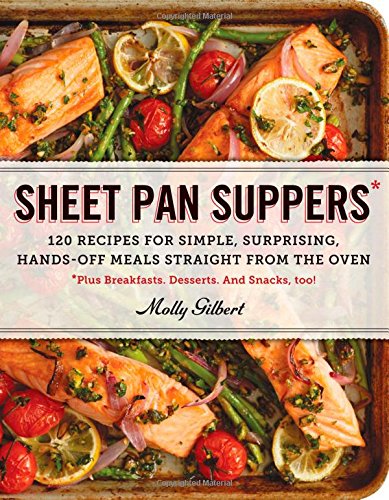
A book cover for Sheet Pan Suppers: 120 Recipes for Simple, Surprising, Hands-Off Meals Straight from the Oven; Molly Gilbert; Cookbooks, Food & Wine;